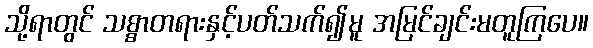
သို့ရာတွင် သစ္စာတရားနှင့်ပတ်သက်၍မူ အမြင်ချင်းမတူကြပေ။